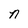
Character: n